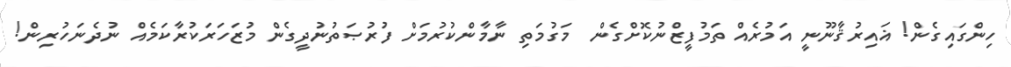
ހިންގައިގެން! ޣައިރުޤާނޫނީ އަމުރެއް ތަމުފީޒްނުކޮށްގެން  މަގުމަތި ނާމާންކުރުމަށް ފުރުޞަތުނުދީގެން މުޒަހަރަކުރާކަމެއް ނުދެނަހުރިން!